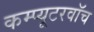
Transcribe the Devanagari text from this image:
कम्प्यूटरवॉच